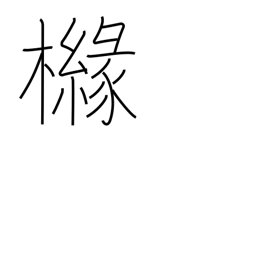
Meaning: kind of lemon tree